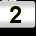
Digit: 2